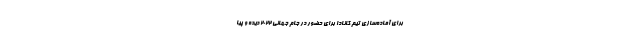
برای آماده‌سازی تیم کانادا برای حضور در جام جهانی ۲۰۲۲ دیده و پیا